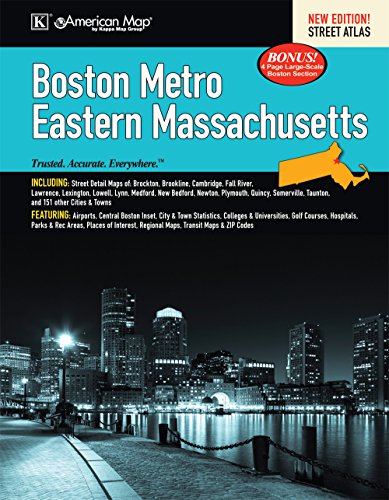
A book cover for Boston, MA Metro & Eastern MA Street Atlas; Kappa Map Group; Travel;